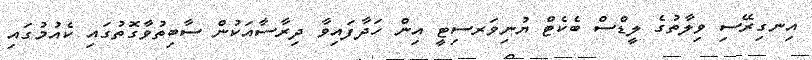
އިނގިރޭސި ވިލާތުގެ ލީޑްސް ބެކެޓް ޔުނިވަރސިޓީ އިން ހަދާފައިވާ ދިރާސާއަކުން ސާބިތުވާގޮތުގައި ކެއުމުގައި